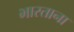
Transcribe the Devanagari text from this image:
भारताना